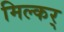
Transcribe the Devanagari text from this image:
मिल्कर्